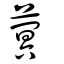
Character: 蓂